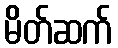
မိတ်ဆက်